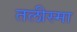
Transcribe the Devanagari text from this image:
तलीस्‍मा